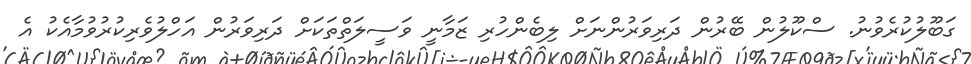
ގަބޫލުކުރެވުނު. ސްކޫލުން ބޭރުން ދަރިވަރުންނަށް ލިބެންހުރި ޒަމާނީ ވަސީލަތްތަކަށް ދަރިވަރުން އަހްލުވެރިކުރުވުމާއެކު އެ